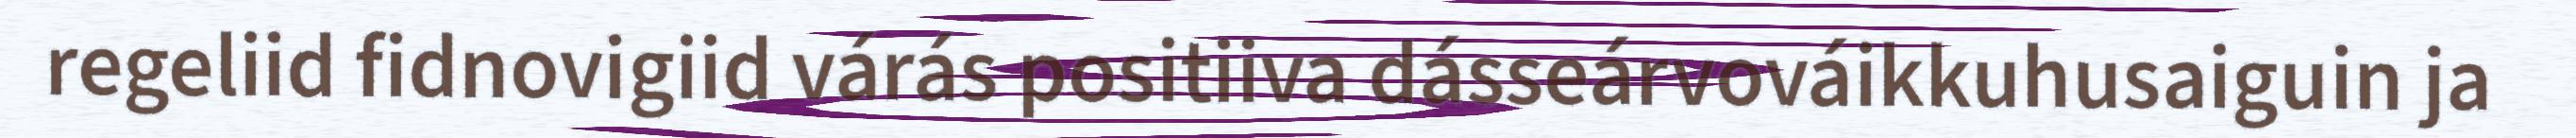
regeliid fidnovigiid várás positiiva dásseárvováikkuhusaiguin ja